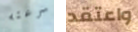
سرعته واعتقد